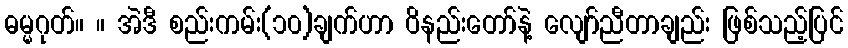
ဓမ္မဂုတ်။ ။ အဲဒီ စည်းကမ်း(၁၀)ချက်ဟာ ဝိနည်းတော်နဲ့ လျော်ညီတာချည်း ဖြစ်သည့်ပြင်